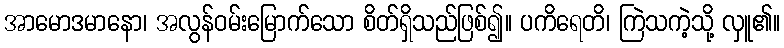
အာမောဒမာနော၊ အလွန်ဝမ်းမြောက်သော စိတ်ရှိသည်ဖြစ်၍။ ပကိရေတိ၊ ကြဲသကဲ့သို့ လှူ၏။